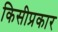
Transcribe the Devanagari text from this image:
किसीप्रकार